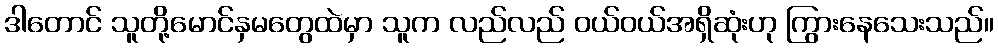
ဒါတောင် သူတို့မောင်နှမတွေထဲမှာ သူက လည်လည် ဝယ်ဝယ်အရှိဆုံးဟု ကြွားနေသေးသည်။